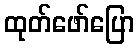
ထုတ်ဖော်ပြော